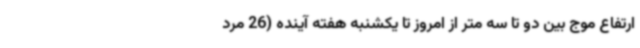
ارتفاع موج بین دو تا سه متر از امروز تا یکشنبه هفته آینده (26 مرد